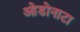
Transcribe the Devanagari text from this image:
ओडोनाटा